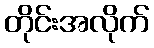
တိုင်းအလိုက်